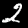
Digit: 2